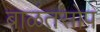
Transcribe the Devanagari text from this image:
बाळंतसोप